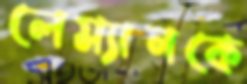
লেম্যানকে